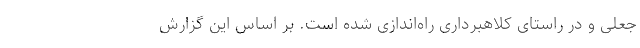
جعلی و در راستای کلاهبرداری راه‌اندازی شده‌ است. بر اساس این گزارش